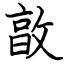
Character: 㪟